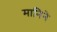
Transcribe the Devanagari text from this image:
मानिने